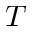
T